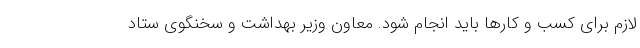
لازم برای کسب و کارها باید انجام شود. معاون وزیر بهداشت و سخنگوی ستاد